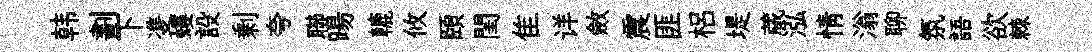
韩劃下㕠螻設剰夸聯暘轆攸頤閨隹详斂震匪梠堤蕆泓情滃聊氛語欲棘